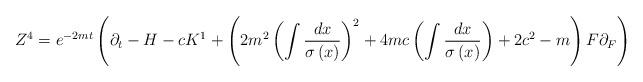
LaTeX: \begin{align*}Z^{4}=e^{-2mt}\left( \partial _{t}-H-cK^{1}+\left( 2m^{2}\left( \int \frac{dx}{\sigma \left( x\right) }\right) ^{2}+4mc\left( \int \frac{dx}{\sigma\left( x\right) }\right) +2c^{2}-m\right) F\partial _{F}\right)\end{align*}